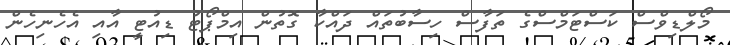
މޯލްޑިވްސް ކަސްޓަމްސްގެ ތަފާސް ހިސާބުތައް ދައްކާ ގޮތުން އިމްޕޯޓު ޑިއުޓީ އާއި އެހެނިހެން